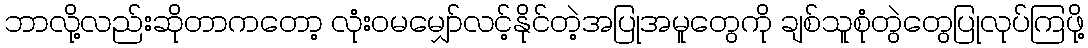
ဘာလို့လည်းဆိုတာကတော့ လုံးဝမမျှော်လင့်နိုင်တဲ့အပြုအမူတွေကို ချစ်သူစုံတွဲတွေပြုလုပ်ကြဖို့